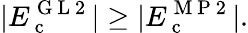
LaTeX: |E_{\mathrm{~c~}}^{\mathrm{~G~L~2~}}|\geq|E_{\mathrm{~c~}}^{\mathrm{~M~P~2~}}|.